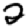
Digit: 2